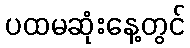
ပထမဆုံးနေ့တွင်